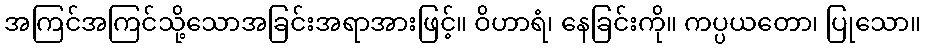
အကြင်အကြင်သို့သောအခြင်းအရာအားဖြင့်။ ဝိဟာရံ၊ နေခြင်းကို။ ကပ္ပယတော၊ ပြုသော။